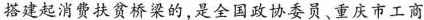
搭建起消费扶贫桥梁的，是全国政协委员、重庆市工商